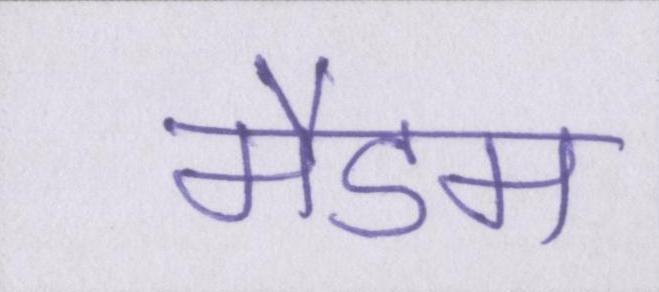
मैडम